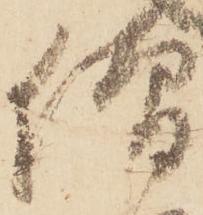
僧